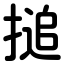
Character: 搥